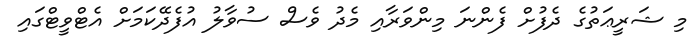
މި ޝަރީޢަތުގެ ދެފުށް ފެންނަ މިންވަރާއި މެދު ވެސް ސުވާލު އުފެދޭކަމަށް އެޓްވީޓްގައި